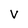
Character: v